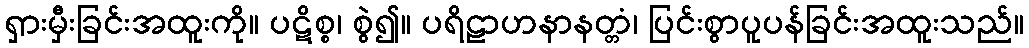
ရှားမှီးခြင်းအထူးကို။ ပဋိစ္စ၊ စွဲ၍။ ပရိဠာဟနာနတ္တံ၊ ပြင်းစွာပူပန်ခြင်းအထူးသည်။